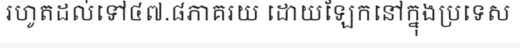
រហូតដល់ទៅ៤៧.៨ភាគរយ ដោយឡែកនៅក្នុងប្រទេស